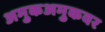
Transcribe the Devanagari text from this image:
अमुकअमुकवर